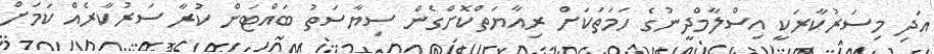
އަދި މިސަރުކާރަކީ އިސްލާމްދީނުގެ ހަމަތަކަށް ރިއާޔަތްކޮށްގެން ސިޔާސަތު ބައްޓަން ކުރާ ސަރުކާރެއް ކަމަށް